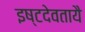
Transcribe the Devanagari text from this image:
इष्टदेवतायै